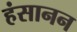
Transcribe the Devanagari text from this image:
हंसानन